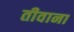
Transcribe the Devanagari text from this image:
तीवाना